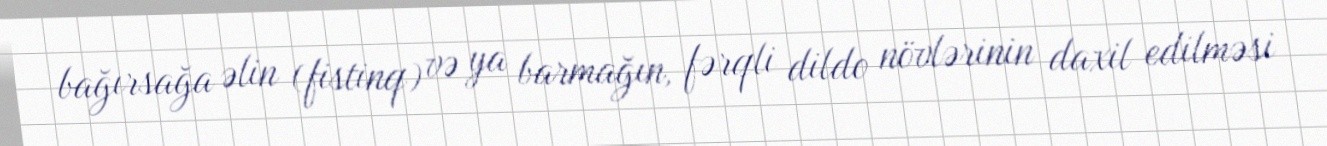
bağırsağa əlin (fistinq) və ya barmağın, fərqli dildo növlərinin daxil edilməsi